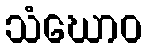
သံဃောဝ